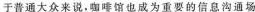
于普通大众来说，咖馆也成为重要的信息沟通场